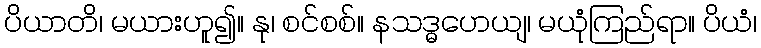
ပိယာတိ၊ မယားဟူ၍။ နု၊ စင်စစ်။ နသဒ္ဓဟေယျ၊ မယုံကြည်ရာ။ ပိယံ၊